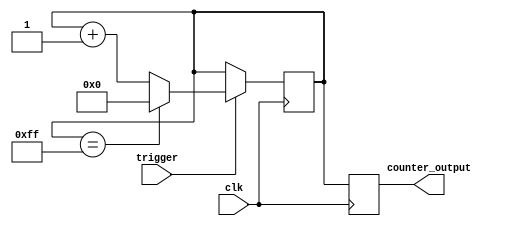
module counter(
    input trigger,
    input clk,
    output reg [7:0] counter_output
);

reg [7:0] counter;

always @(posedge clk) begin
    if (trigger) begin
        if (counter == 8'hFF) begin
            counter <= 8'h00;
        end else begin
            counter <= counter + 1;
        end
    end
    counter_output <= counter;
end

endmodule